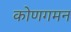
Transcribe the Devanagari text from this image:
कोणगमन